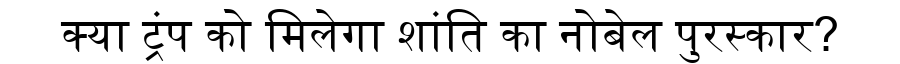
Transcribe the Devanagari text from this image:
क्या ट्रंप को मिलेगा शांति का नोबेल पुरस्कार?